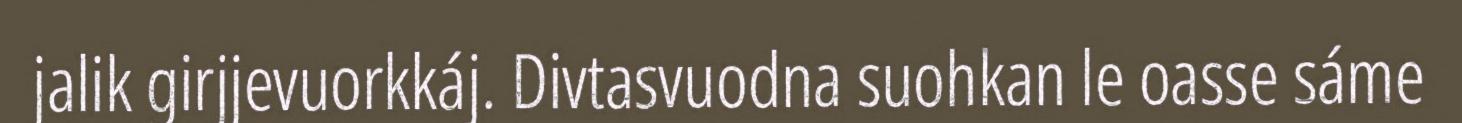
jalik girjjevuorkkáj. Divtasvuodna suohkan le oasse sáme